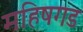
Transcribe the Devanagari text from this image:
महिषगड